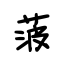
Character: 菠